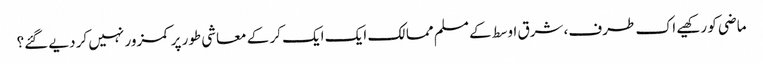
ماضی کو رکھیے اک طرف، شرق اوسط کے مسلم ممالک ایک ایک کر کے معاشی طور پر کمزور نہیں کر دیے گئے؟